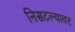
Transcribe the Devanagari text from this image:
निसटल्यावर